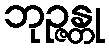
ဘုဉ္ဇန္တု